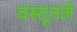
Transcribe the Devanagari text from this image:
वस्तूतले